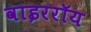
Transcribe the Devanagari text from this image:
वाइररॉय